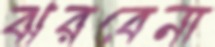
ঝরবেনা